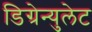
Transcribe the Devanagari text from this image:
डिग्रेन्युलेट